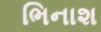
ભિનાશ